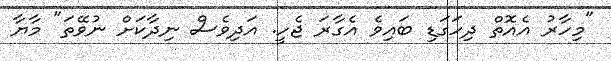
"މިހާރު އެއޮތް ދިހަގަޑި ބައިވެ އެގާރަ ޖެހީ. އަދިވެސް ނިދާކަށް ނުވޭތަ" މާޔާ